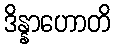
ဒိန္နာဟောတိ